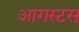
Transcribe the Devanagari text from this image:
आगस्टस्